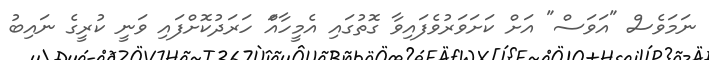
ނަމަވެސް "އަވަސް" އަށް ކަށަވަރުވެފައިވާ ގޮތުގައި އެމީހާއަް ހަރަދުކޮށްފައި ވަނީ ކުރީގެ ނައިބު